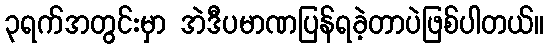
၃ရက်အတွင်းမှာ အဲဒီပမာဏပြန်ရခဲ့တာပဲဖြစ်ပါတယ်။